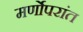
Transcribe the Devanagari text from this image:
मर्णोपरांत